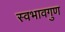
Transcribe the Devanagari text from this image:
स्वभावगुण